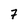
Character: 7